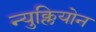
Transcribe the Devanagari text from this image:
न्युक्लियोन